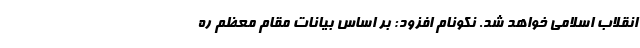
انقلاب اسلامی خواهد شد. نکونام افزود: بر اساس بیانات مقام معظم ره